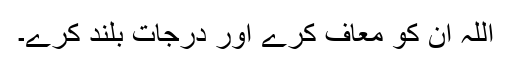
اللہ ان کو معاف کرے اور درجات بلند کرے۔